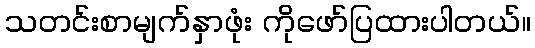
သတင်းစာမျက်နှာဖုံး ကိုဖော်ပြထားပါတယ်။